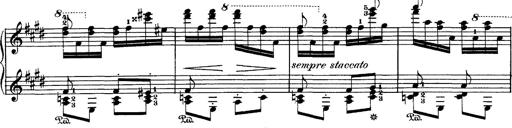
Title: Hungarian Rhapsody No.1
Composer: Franz Liszt
Key: C-sharp minor